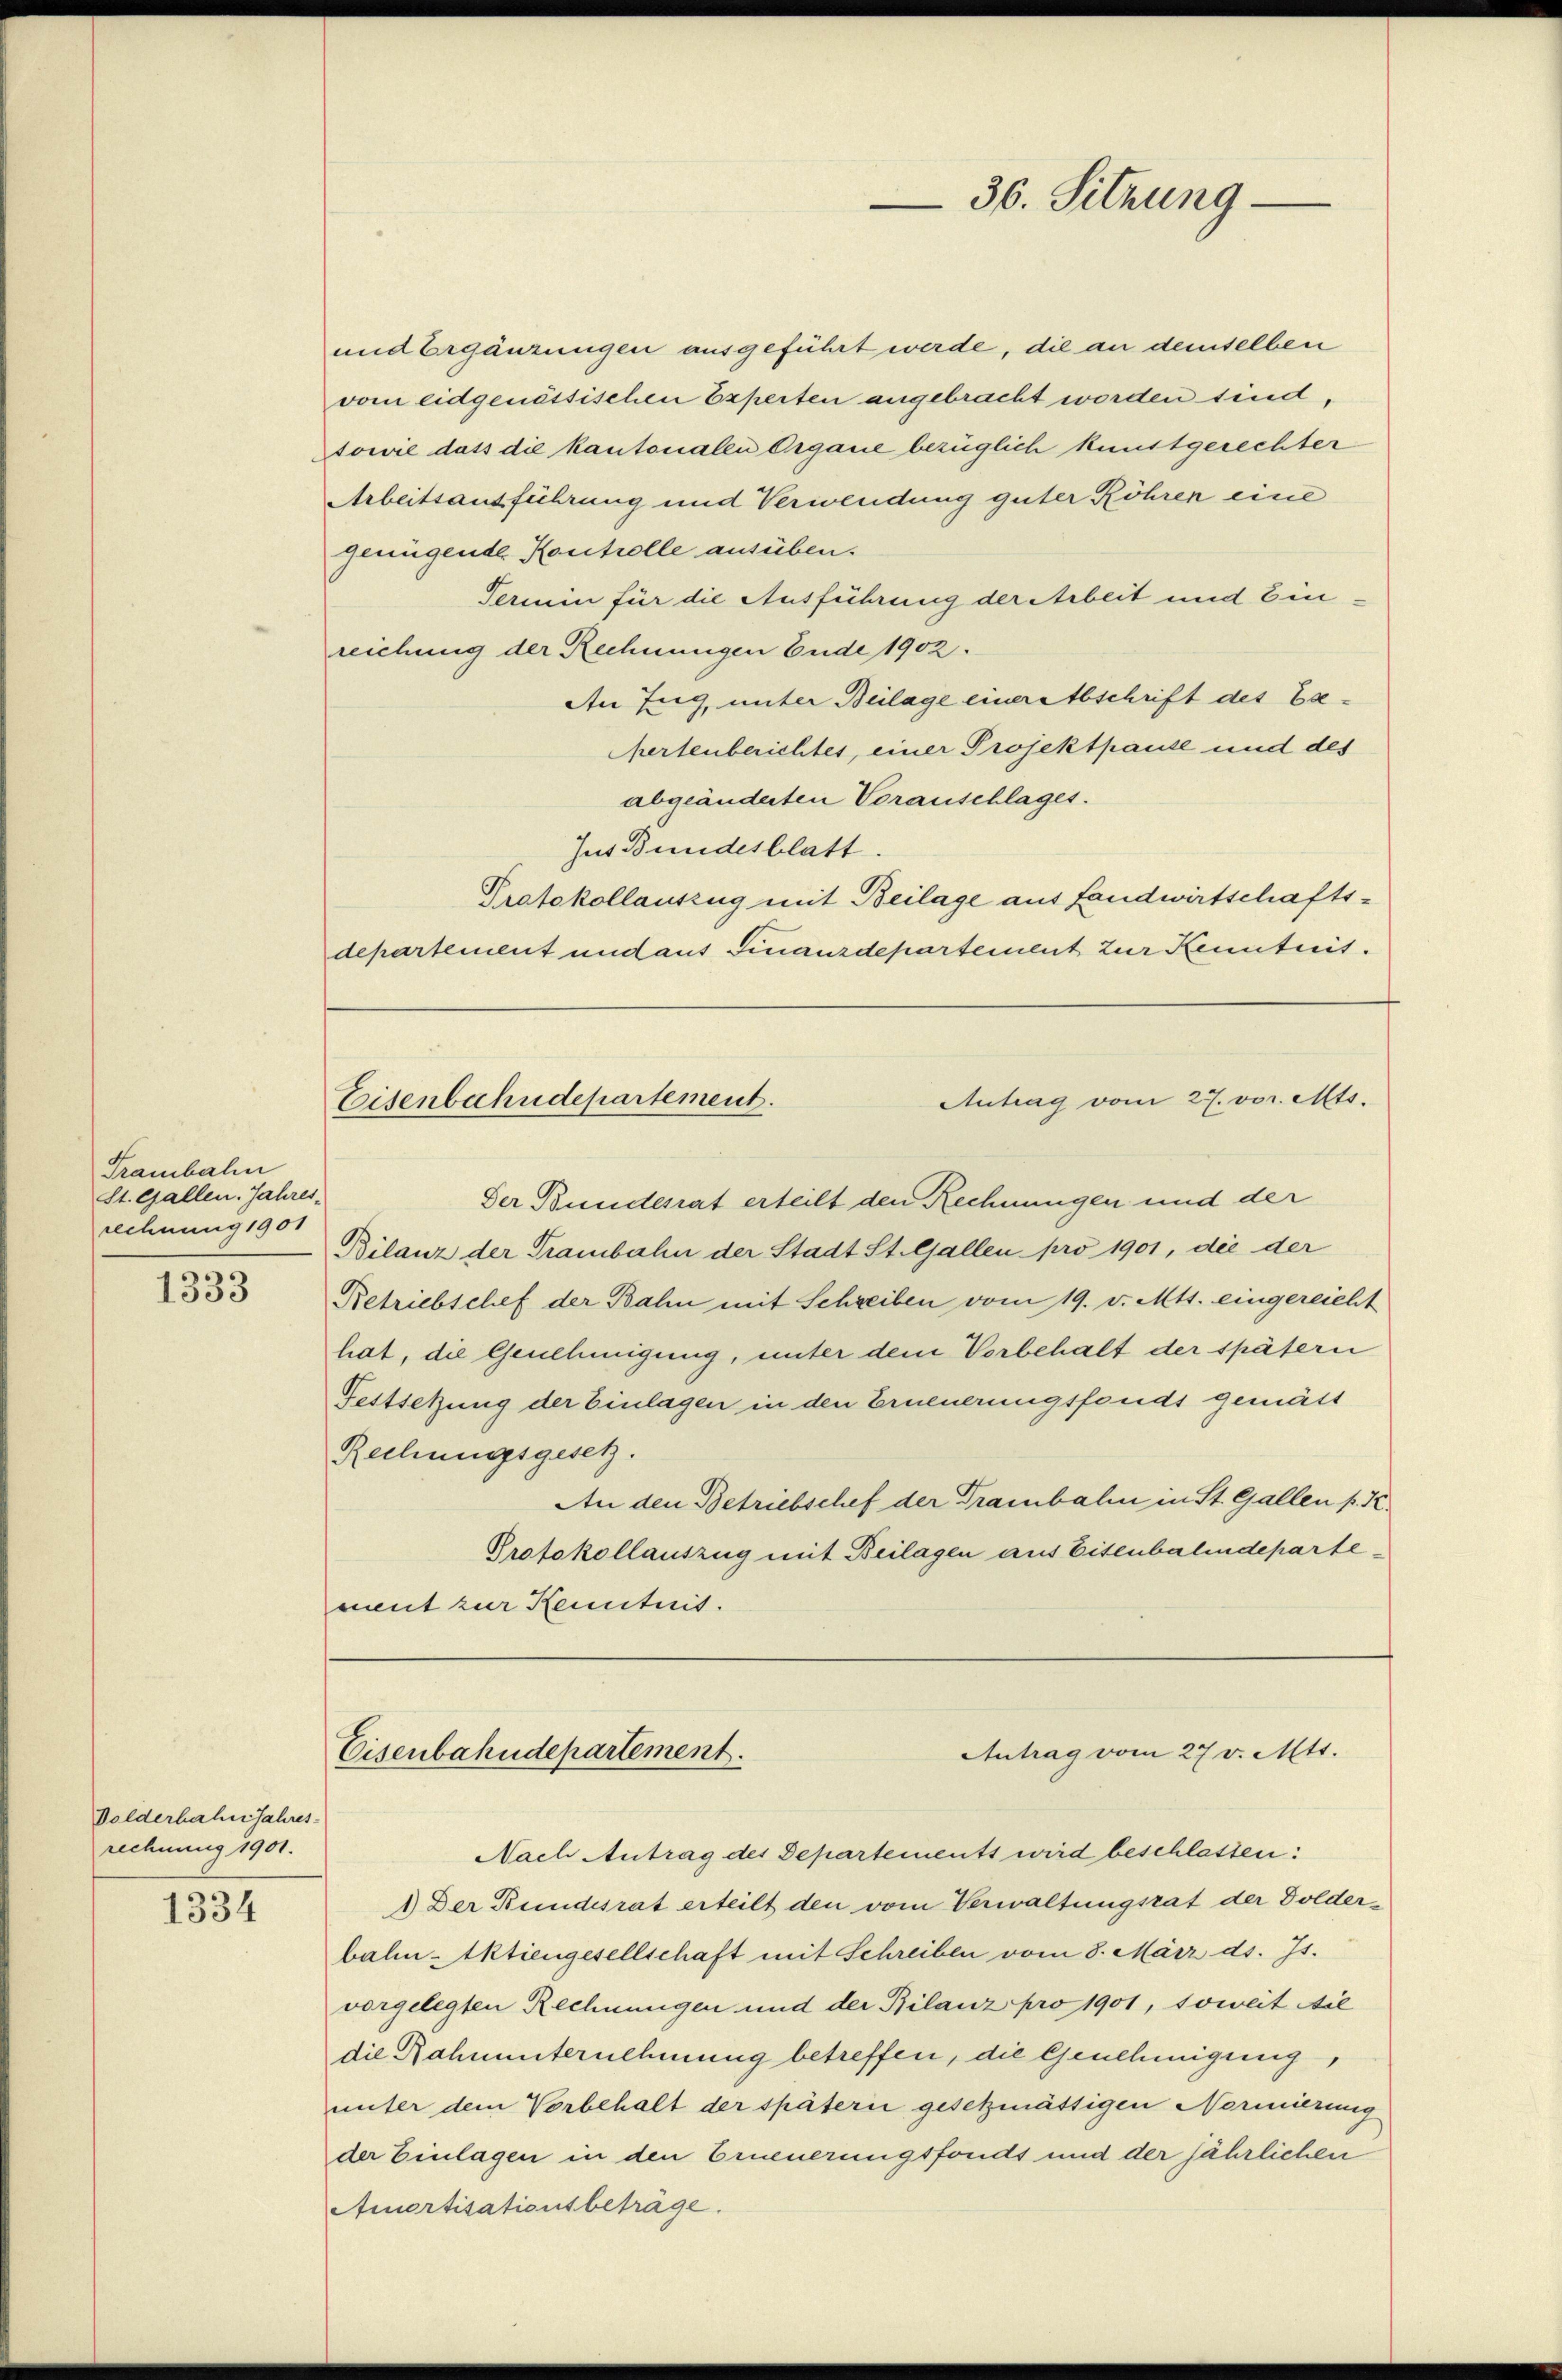
Trambahn
St. Gallen. Jahres,
rechnung 1901

1333

Dolderbahn Jahres-
rechnung 1901.

1334

und Ergänzungen ausgeführt werde, die an demselben
vom eidgenössischen Experten angebracht worden sind,
towie dass die kantonalen Organe bezüglich kunstgerechter
Arbeitsausführung und Verwendung guter Röhren eine
genügende Kontrolle ausüben.
Termin für die Ausführung der Arbeit und Einreichung der Rechnungen Ende 1902.
An Zug, unter Beilage einerabschrift des Exe¬
Chertenberichtes, einer Projektpause und des
abgeänderten Voranschlages.
Jus Bundesblatt.
Protokollauszug mit Beilage aus fandwirtschaftsdepartement und aus Finanzdepartement zur Kenntnis.
Antrag vom 27. vor. Mts.
Eisenbahndepartement.
Der Bundesrat erteilt den Rechnungen und der
Bilanz der Trambahn der Stadt St. Gallen pro 1901, die der
Betriebschef der Bahn mit Schreiben vom 19. v. Mtt. eingereicht
hat, die Genehmigung, unter dem Vorbehalt der spätern
Festsetzung der Einlagen in den Erneuerungsfonds gemäss
Rechnungsgesetz.
An den Betriebschef der Trambalen in St. Gallen p. I.
Protokollauszug mit Beilagen aus Eisenbahndepartement zur Kenntnis.

36. Sitzung

Eisenbahndepartement.

Nach Antrag des Departements wird beschlassen:
1) Der Bundesrat erteilt den vom Verwaltungsrat der Dolderbahn-Aktiengesellschaft mit Schreiben vom 8. März ds. Js.
vorgelegten Rechnungen und der Bilanz pro 1901, soweit die
die Rahnunternehmung betreffen, die Genehmigung,
unter dem Vorbehalt der späterii gesetzmättigen Normierung
der Einlagen in den Erneuerungsfonds und der jährlichen
Amortisationsbeträge.

Antrag vom 27 v. Mtt.